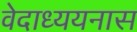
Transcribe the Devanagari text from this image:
वेदाध्ययनास